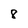
Character: 8